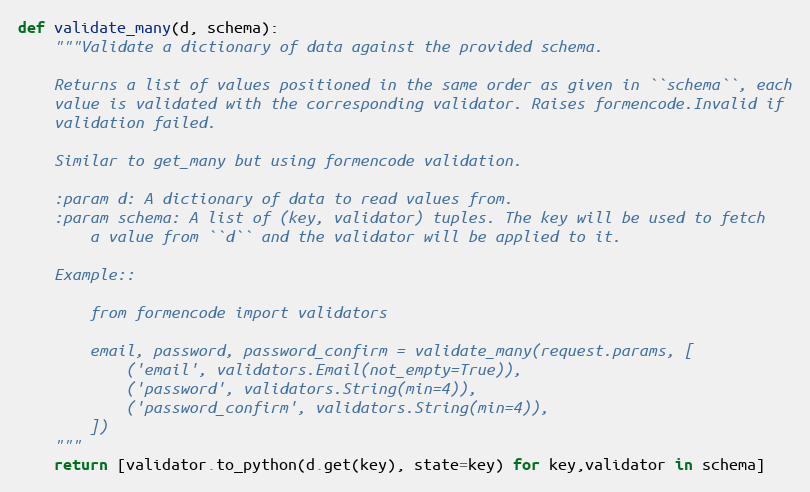
Language: Python
def validate_many(d, schema):
    """Validate a dictionary of data against the provided schema.

    Returns a list of values positioned in the same order as given in ``schema``, each
    value is validated with the corresponding validator. Raises formencode.Invalid if
    validation failed.

    Similar to get_many but using formencode validation.

    :param d: A dictionary of data to read values from.
    :param schema: A list of (key, validator) tuples. The key will be used to fetch
        a value from ``d`` and the validator will be applied to it.

    Example::

        from formencode import validators

        email, password, password_confirm = validate_many(request.params, [
            ('email', validators.Email(not_empty=True)),
            ('password', validators.String(min=4)),
            ('password_confirm', validators.String(min=4)),
        ])
    """
    return [validator.to_python(d.get(key), state=key) for key,validator in schema]